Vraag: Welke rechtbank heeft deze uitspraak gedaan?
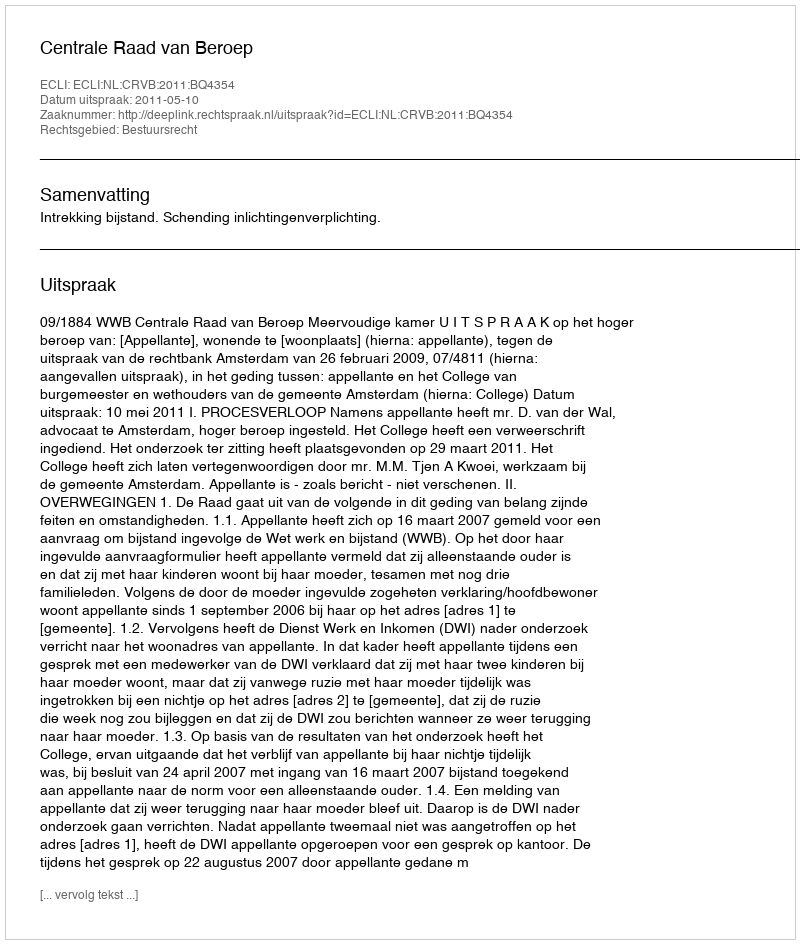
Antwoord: Centrale Raad van Beroep